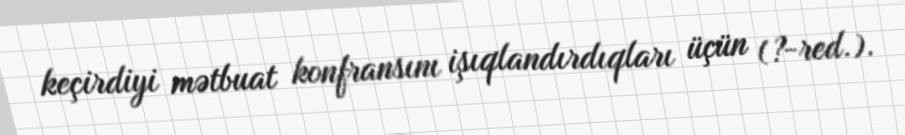
keçirdiyi mətbuat konfransını işıqlandırdıqları üçün (?-red.).